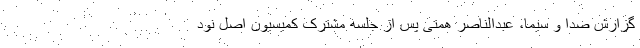
گزارش صدا و سیما، عبدالناصر همتی پس از جلسه مشترک کمیسیون اصل نود